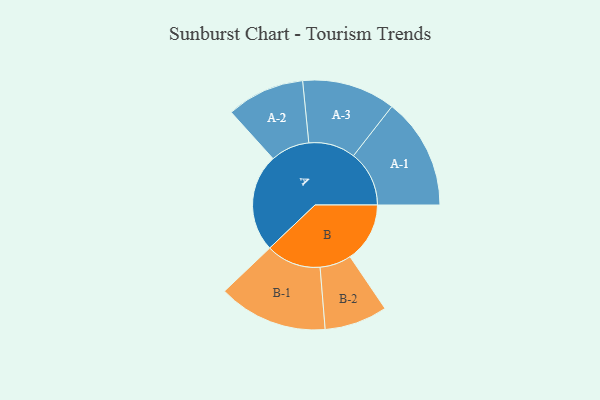
{"axis": {"x": "Segment", "y": "Value"}, "legend": ["", "A", "B"], "data": [{"x": "A", "y": 404, "type": ""}, {"x": "B", "y": 247, "type": ""}, {"x": "A-1", "y": 230, "type": "A"}, {"x": "A-2", "y": 161, "type": "A"}, {"x": "A-3", "y": 193, "type": "A"}, {"x": "B-1", "y": 226, "type": "B"}, {"x": "B-2", "y": 130, "type": "B"}]}